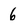
Character: 6